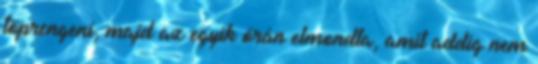
töprengeni, majd az egyik órán elmondta, amit addig nem